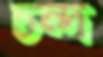
চন্দ